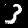
Label: 3